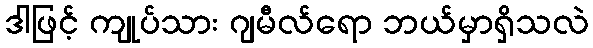
ဒါဖြင့် ကျုပ်သား ဂျမီလ်ရော ဘယ်မှာရှိသလဲ